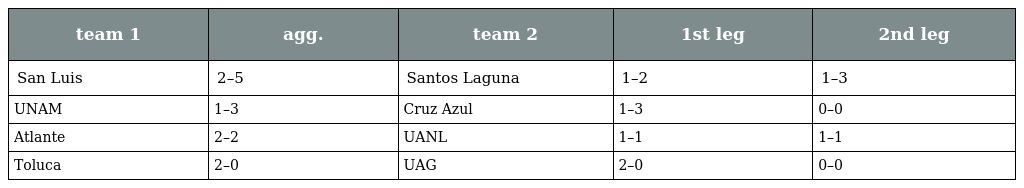
| team 1 | agg. | team 2 | 1st leg | 2nd leg |
 | --- | --- | --- | --- | --- |
 | San Luis | 2–5 | Santos Laguna | 1–2 | 1–3 |
 | UNAM | 1–3 | Cruz Azul | 1–3 | 0–0 |
 | Atlante | 2–2 | UANL | 1–1 | 1–1 |
 | Toluca | 2–0 | UAG | 2–0 | 0–0 |